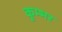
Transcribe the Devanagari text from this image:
कुम्भर